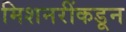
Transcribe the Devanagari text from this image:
मिशनरींकडून